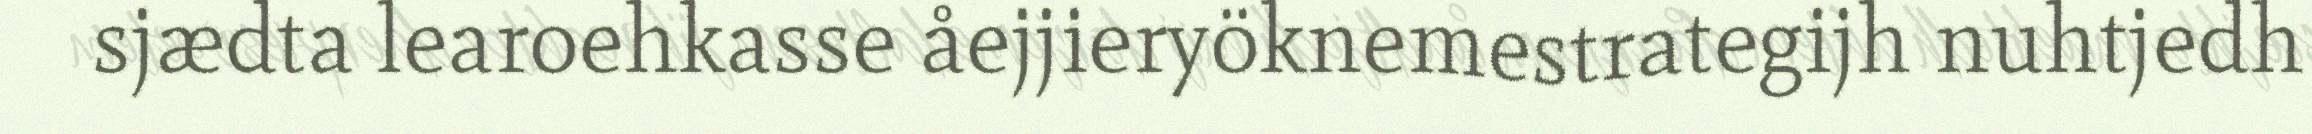
sjædta learoehkasse åejjieryöknemestrategijh nuhtjedh